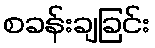
စခန်းချခြင်း